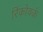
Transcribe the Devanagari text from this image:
रिंकोवर्क